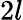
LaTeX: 2l